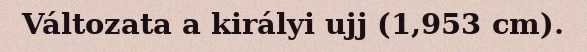
Változata a királyi ujj (1,953 cm).